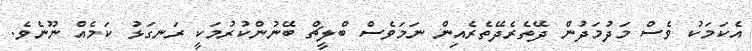
އެކަމަކު ވެސް މަދުމަދުން ދޭތެރެދޭތެރެއިން ނަމަވެސް ބްލީޗް ބޭނުންކުރުމަކީ ރަނގަޅު ކަމެއް ނޫނެވެ.